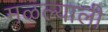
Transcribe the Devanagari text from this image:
मळल्याली